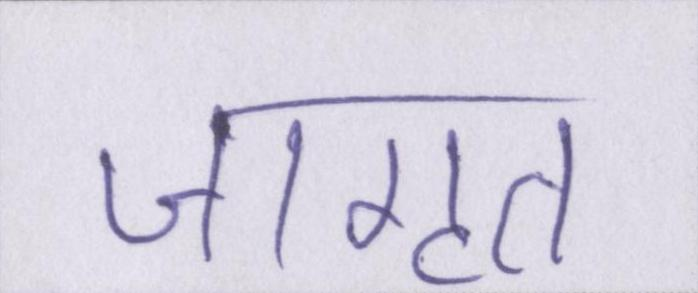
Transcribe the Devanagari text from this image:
जागृत